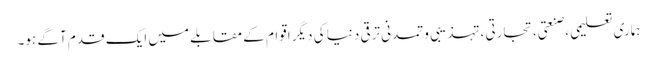
ہماری تعلیمی ،صنعتی، تجارتی ،تہذیبی و تمدنی ترقی دنیا کی دیگر اقوام کے مقابلے میں ایک قدم آگے ہو۔